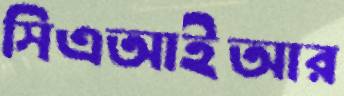
সিএআইআর